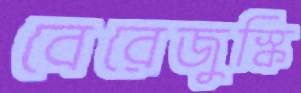
বেরেজুস্কি